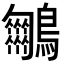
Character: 𪈵